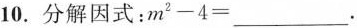
10.分解因式：m^{2}-4=_________。